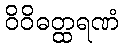
ဝိဝိဓတ္ထရဏံ